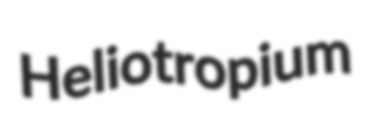
Heliotropium